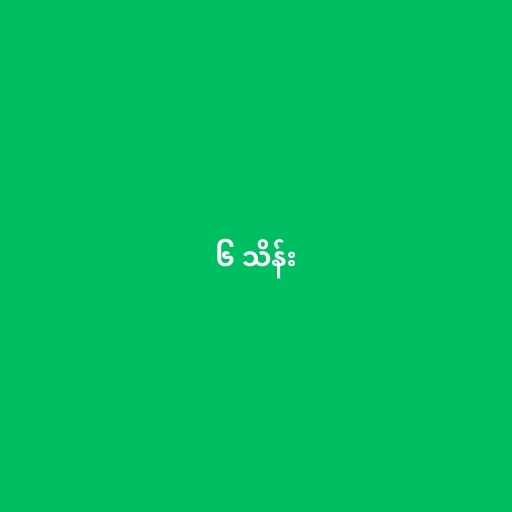
၆ သိန်း